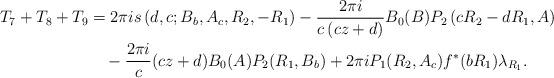
LaTeX: \begin{align*}T_{7}+T_{8}+T_{9} & =2\pi is\left( d,c;B_{b},A_{c},R_{2},-R_{1}\right)-\frac{2\pi i}{c\left( cz+d\right) }B_{0}(B)P_{2}\left( cR_{2}-dR_{1},A\right) \\& \quad-\frac{2\pi i}{c}(cz+d)B_{0}(A)P_{2}(R_{1},B_{b})+2\pi iP_{1}(R_{2},A_{c})f^{\ast}(bR_{1})\lambda_{R_{1}}.\end{align*}